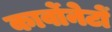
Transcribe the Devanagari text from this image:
कार्वोनेटों